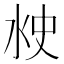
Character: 𰛘